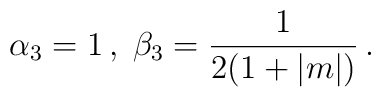
\alpha_3=1\,,\;\beta_3={1\over 2(1+|m|)}\,.